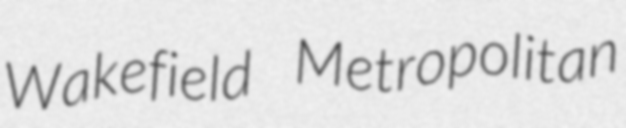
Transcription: Wakefield Metropolitan